Indian Medical Review
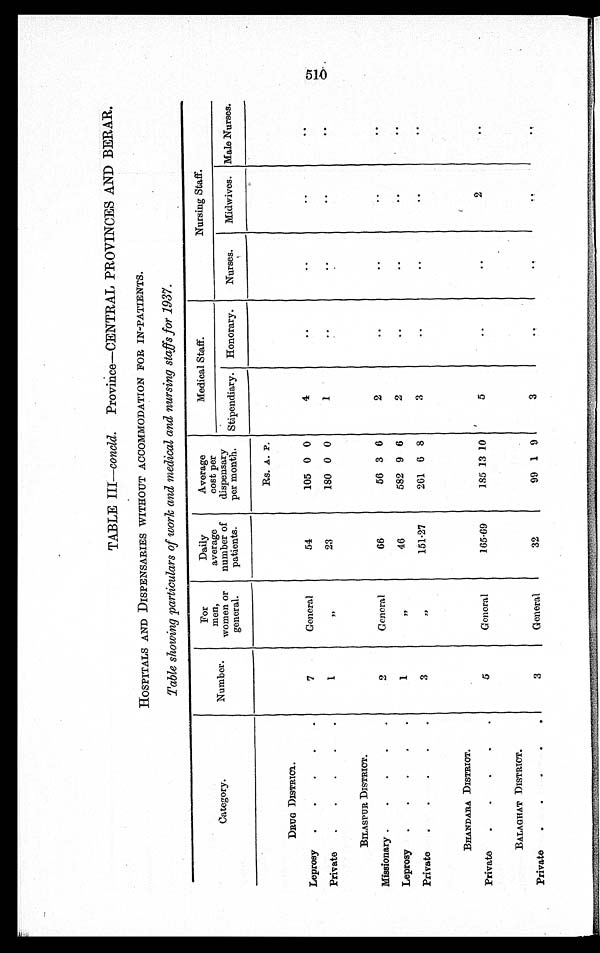
TABLE III—concld. Province—CENTRAL PROVINCES AND BERAR.
HOSPITALS AND DISPENSARIES WITHOUT ACCOMMODATION FOR IN-PATIENTS.
Table showing particulars of work and medical and nursing staffs for 1937.
Category.
Number.
For
men,
women or
general.
Daily
average
number of
patients.
Average
cost per
dispensary
per month.
Medical Staff.
Nursing Staff.
Stipendiary. Honorary.
Nurses.
Midwives. Male Nurses.
Rs. A. P.
DRUG DISTRICT.
Leprosy
7
General
54
105 0 0
4
..
..
..
. .
Private
1
" 23
180 0 0
1
..
..
..
. .
BILASPUR DISTRICT.
Missionary
2
General
66
56 3 6
2
..
..
..
..
Leprosy
1
" 46
582 9 6
2
..
..
..
. .
Private
3
"151.27
261 6 8
3
..
..
..
. .
BHANDARA DISTRICT.
Private
5
General
165.69
185 13 10
5
..
..
2
..
BALAGHAT DISTRICT.
Private
3
General
32
99 1 9
3
..
. .
. .
. .